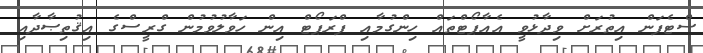
ސްޓެފަން އިތުރަށް ވިދާޅުވީ އެއާޕޯޓްތައް ހިންގުމާއި ފްރަޕޯޓް އިން ހަވާލުވުމުން ގްރީސްގެ އިޤުތިޞާދާއި